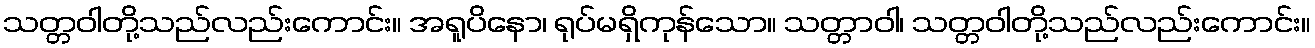
သတ္တဝါတို့သည်လည်းကောင်း။ အရူပိနော၊ ရုပ်မရှိကုန်သော။ သတ္တာဝါ၊ သတ္တဝါတို့သည်လည်းကောင်း။